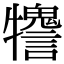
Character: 𤜋